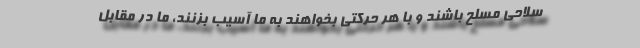
سلاحی مسلح باشند و با هر حرکتی بخواهند به ما آسیب بزنند، ما در مقابل